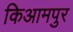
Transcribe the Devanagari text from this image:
किआमपुर